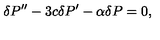
\delta P ^ { \prime \prime } - 3 c \delta P ^ { \prime } - \alpha \delta P = 0 ,